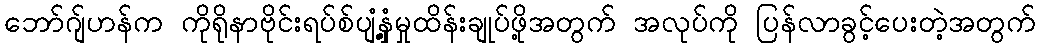
ဘော်ဂျ်ဟန်က ကိုရိုနာဗိုင်းရပ်စ်ပျံ့နှံ့မှုထိန်းချုပ်ဖို့အတွက် အလုပ်ကို ပြန်လာခွင့်ပေးတဲ့အတွက်